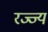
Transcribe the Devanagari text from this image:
रज्ज्य